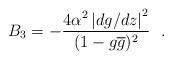
LaTeX: \begin{align*} B_{3} =-\frac{4\alpha^{2}\left| dg/dz \right|^{2}}{(1-g\overline{g})^{2}}~~.\end{align*}